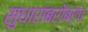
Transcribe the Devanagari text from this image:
सुधारांबरोबरच